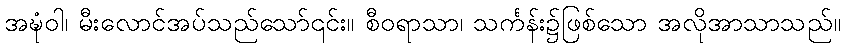
အဍ္ဎံဝါ၊ မီးလောင်အပ်သည်သော်၎င်း။ စီဝရာသာ၊ သင်္ကန်း၌ဖြစ်သော အလိုအာသာသည်။